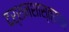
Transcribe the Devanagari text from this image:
दर्शनशास्त्रावर